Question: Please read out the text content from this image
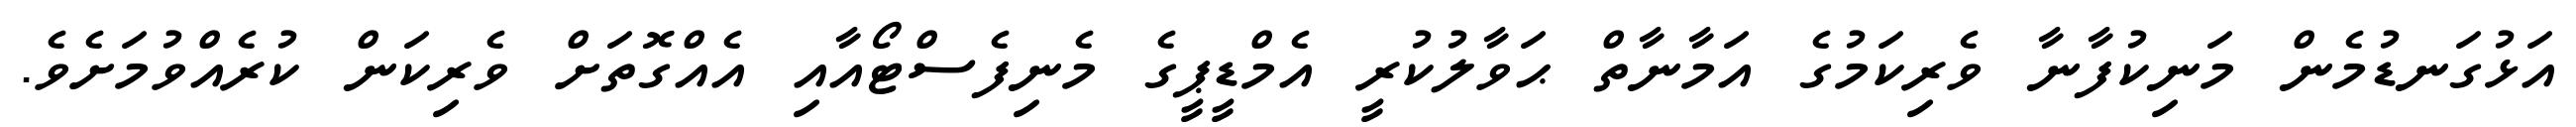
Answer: އަޅުގަނޑުމެން މަނިކުފާނާ ވެރިކަމުގެ އަމާނާތް ޙަވާލުކުރީ އެމްޑީޕީގެ މެނިފެސްޓޯއާއި އެއްގޮތަށް ވެރިކަން ކުރެއްވުމަށެވެ.